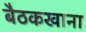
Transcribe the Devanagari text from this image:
बैठकखाना